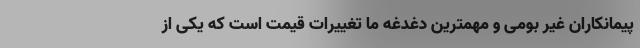
پیمانکاران غیر بومی و مهمترین دغدغه ما تغییرات قیمت است که یکی از